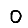
Digit: 0